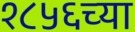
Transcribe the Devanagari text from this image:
१८५६च्या